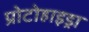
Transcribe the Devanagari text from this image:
प्रोटोहाइड्रा